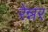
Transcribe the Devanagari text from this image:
रेन्नर